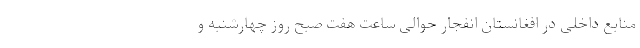
منابع داخلی در افغانستان انفجار حوالی ساعت هفت صبح روز چهارشنبه و